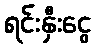
ရင်းနှီးငွေ